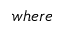
w h e r e